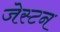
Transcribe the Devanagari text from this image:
जेस्टन